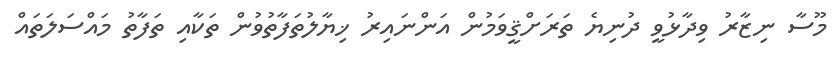
މޫސާ ނިޒާރު ވިދާޅުވީ ދުނިޔެ ތަރަށްޤީވަމުން އަންނައިރު ޚިޔާލުތަފާތުވުން ތަކާއި ތަފާތު މައްސަލަތައް